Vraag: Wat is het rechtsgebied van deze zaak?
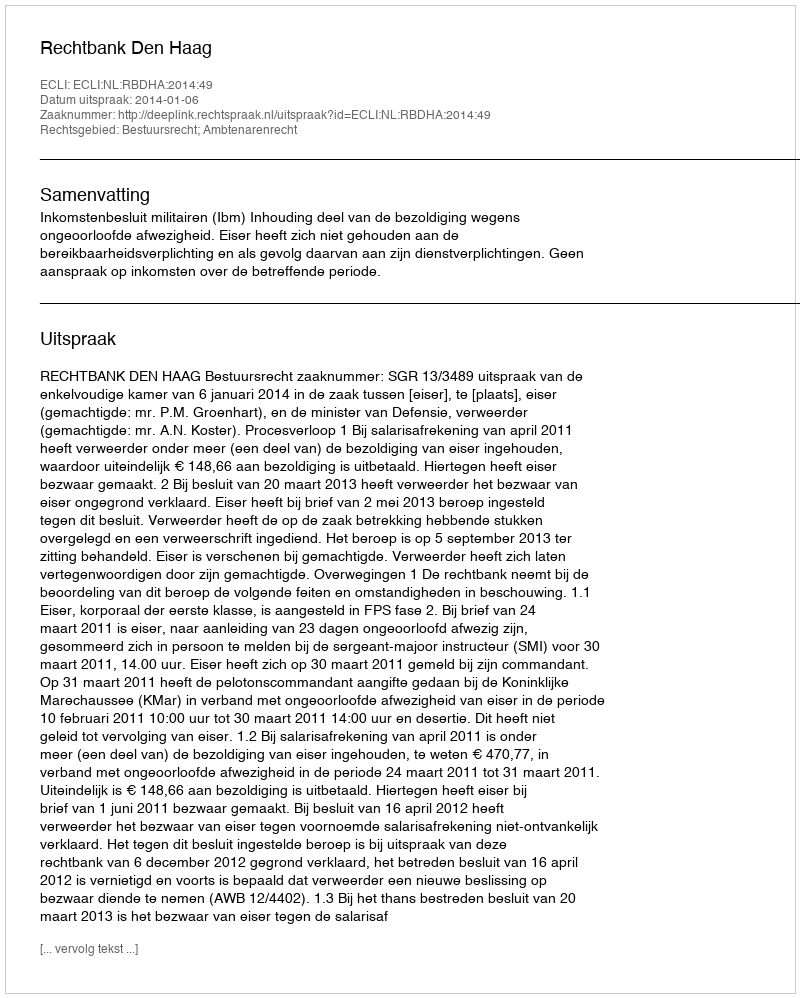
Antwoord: Bestuursrecht; Ambtenarenrecht